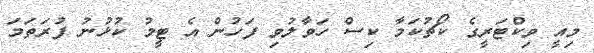
މިއީ ވިކްޓަރީގެ ކޯޗުކަމާ ކިސް ހަވާލުވި ފަހުން އެ ޓީމު ކުޅުނު ފުރަތަމަ